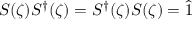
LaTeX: S ( \zeta ) S ^ { \dagger } ( \zeta ) = S ^ { \dagger } ( \zeta ) S ( \zeta ) = { \hat { 1 } }